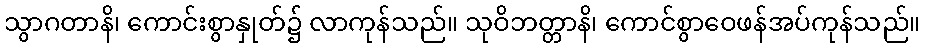
သွာဂတာနိ၊ ကောင်းစွာနှုတ်၌ လာကုန်သည်။ သုဝိဘတ္တာနိ၊ ကောင်စွာဝေဖန်အပ်ကုန်သည်။